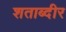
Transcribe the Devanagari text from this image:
शताब्दीर